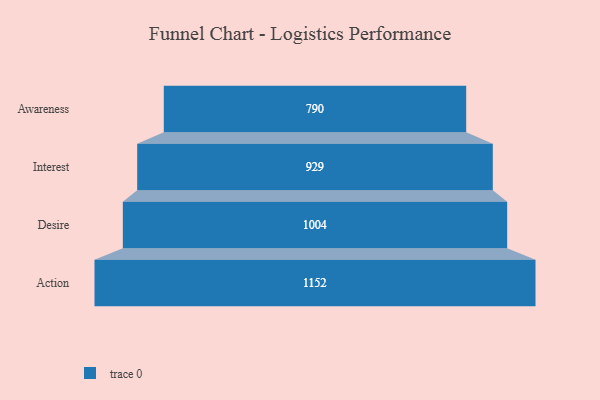
{"axis": {"x": "Stage", "y": "Value"}, "legend": [""], "data": [{"x": "Awareness", "y": 790.0, "type": ""}, {"x": "Interest", "y": 929.0, "type": ""}, {"x": "Desire", "y": 1004.0, "type": ""}, {"x": "Action", "y": 1152.0, "type": ""}]}